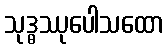
သုဒ္ဓဿုပေါသထော